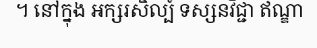
។ នៅក្នុង អក្សរសិល្ប៍ ទស្សនវិជ្ជា ឥណ្ឌា